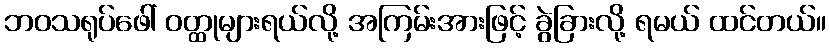
ဘဝသရုပ်ဖေါ် ဝတ္ထုများရယ်လို့ အကြမ်းအားဖြင့် ခွဲခြားလို့ ရမယ် ထင်တယ်။